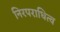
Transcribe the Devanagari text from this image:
निरपराधित्व